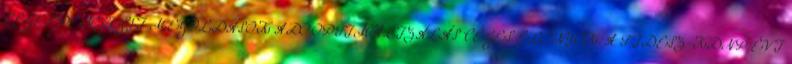
CÉGES PÉNZÜGYI MEGOLDÁSOK ADÓOPTIMALIZÁLÁS CÉGES ELŐNYÖK. A FIDESZ-KDNP ÉVI